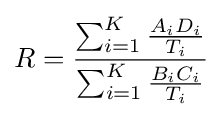
R={{\sum _{i=1}^{K}{\frac {A_{i}D_{i}}{T_{i}}}} \over {\sum _{i=1}^{K}{B_{i}C_{i} \over T_{i}}}}